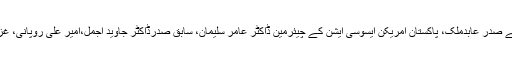
اس موقعے پر پاکستان سوسائٹی کے صدر عابدملک، پاکستان امریکن ایسوسی ایشن کے چیئرمین ڈاکٹر عامر سلیمان، سابق صدرڈاکٹر جاوید اجمل،امیر علی روپانی، غزالہ حبیب اور دیگر نے خطاب کیا۔